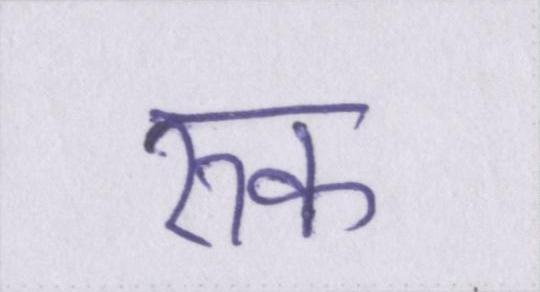
रुक